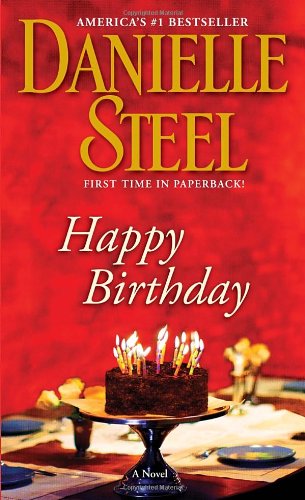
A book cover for Happy Birthday: A Novel; Danielle Steel; Romance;